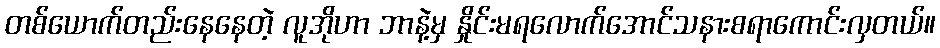
တစ်ယောက်တည်းနေနေတဲ့ လူအိုဟာ ဘာနဲ့မှ နှိုင်းမရလောက်အောင်သနားစရာကောင်းလှတယ်။